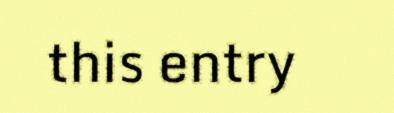
this entry